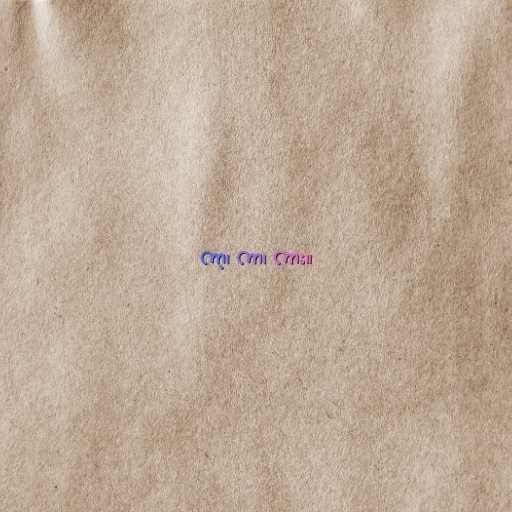
ကာ့၊ ကာ၊ ကား။